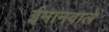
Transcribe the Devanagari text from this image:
ईमानवाले